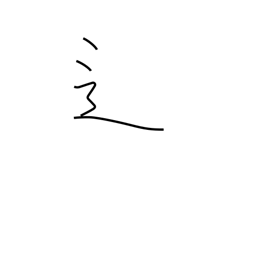
Meaning: road radical variant (no. 162)